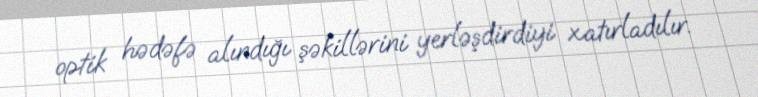
optik hədəfə alındığı şəkillərini yerləşdirdiyi xatırladılır.